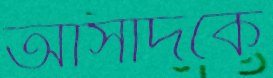
আসাদকে